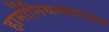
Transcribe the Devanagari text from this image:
हार्मोनियमवादन